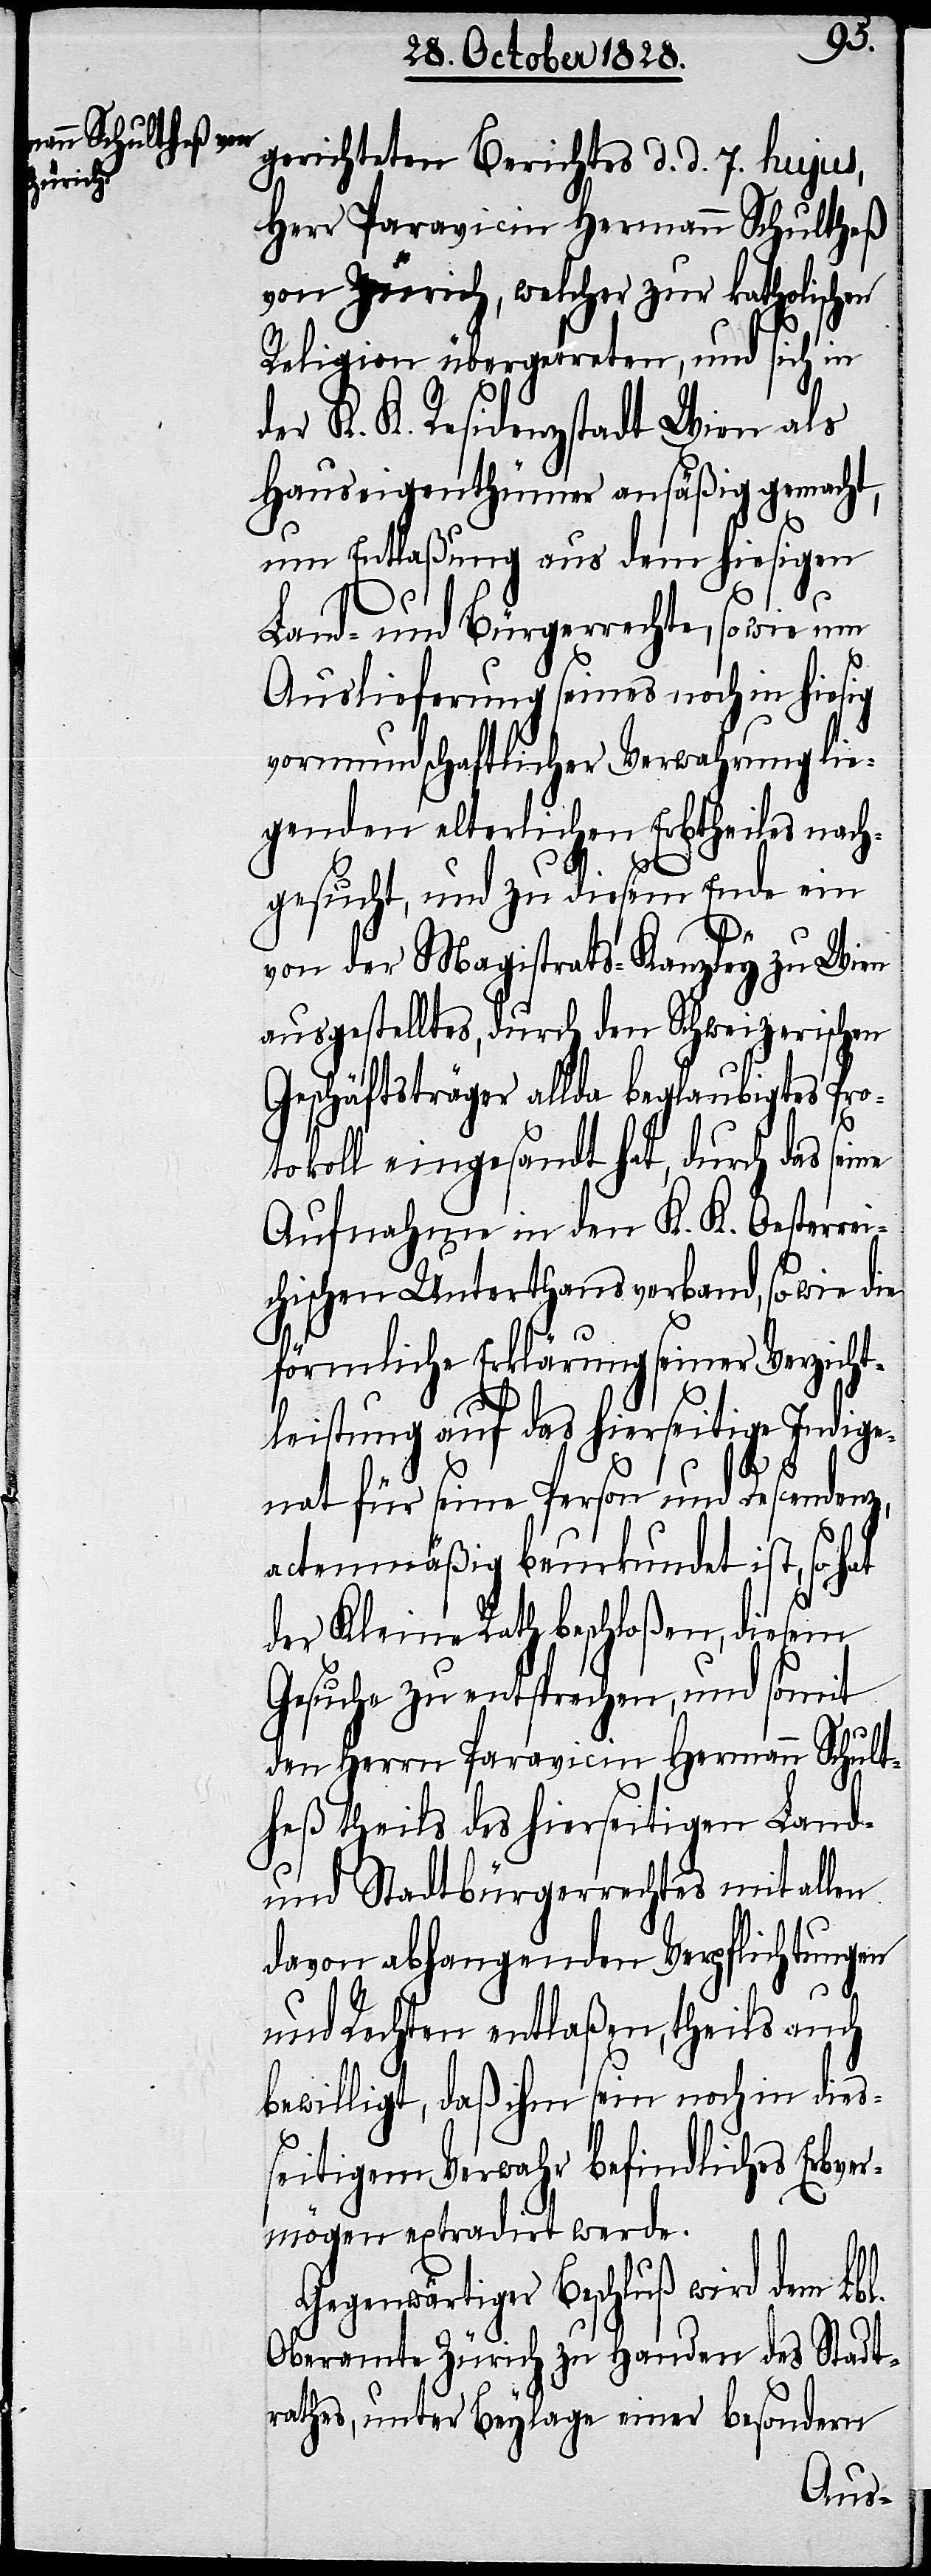
gerichteten Berichtes d. d. 7. hujus,
Herr Paravicin Hermann Schultheß
von Zürich, welcher zur katholischen
Religion übergetreten, und sich in
der K. K. Residenzstadt Wien als
Hauseigenthümer ansäßig gemacht,
um Entlaßung aus dem hiesigen
Land und Bürgerrechte, so wie um
Auslieferung seines noch in hiesig
vormundschaftlicher Verwahrung lie¬
genden elterlichen Erbtheiles nach¬
gesucht, und zu diesem Ende ein
von der Magistrats-Kanzley zu Wien
ausgestelltes, durch den Schweizerischen
Geschäftsträger allda beglaubigtes Pro¬
tokoll eingesandt hat, durch das seine
Aufnahme in den K. K. Oesterrei¬
chischen Unterthansverband, so wie die
förmliche Erklärung seiner Verzicht¬
leistung auf das hierseitige Indige¬
nat für seine Person und Descendenz,
actenmäßig beurkundet ist, so hat
der Kleine Rath beschloßen, diesem
Gesuche zu entsprechen, und somit
den Herrn Paravicin Hermann Schult¬
heß theils des hierseitigen Land-
und Stadtbürgerrechtes mit allen
davon abhangenden Verpflichtungen
und Rechten entlaßen, theils auch
bewilligt, daß ihm sein noch in dies¬
seitigem Verwahr befindliches Erbver¬
mögen extradirt werde.
Gegenwärtiger Beschluß wird dem Lbl.
Oberamte Zürich zu Handen des Stadt¬
rathes, unter Beylage einer besondern